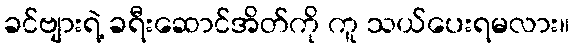
ခင်ဗျားရဲ့ ခရီးဆောင်အိတ်ကို ကူ သယ်ပေးရမလား။